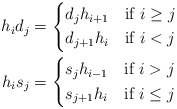
\begin{align*}h_i d_j &= \begin{dcases*} d_j h_{i+1} & if $i \geq j$ \\ d_{j+1} h_i & if $i <j$ \end{dcases*} \\h_i s_j &= \begin{dcases*} s_j h_{i-1} & if $i > j$ \\ s_{j+1} h_i & if $i \leq j$ \end{dcases*} \end{align*}